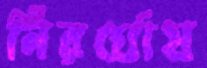
নিরর্ঘোষ